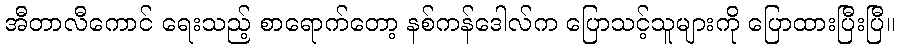
အီတာလီကောင် ရေးသည့် စာရောက်တော့ နစ်ကန်ဒေါလ်က ပြောသင့်သူများကို ပြောထားပြီးပြီ။